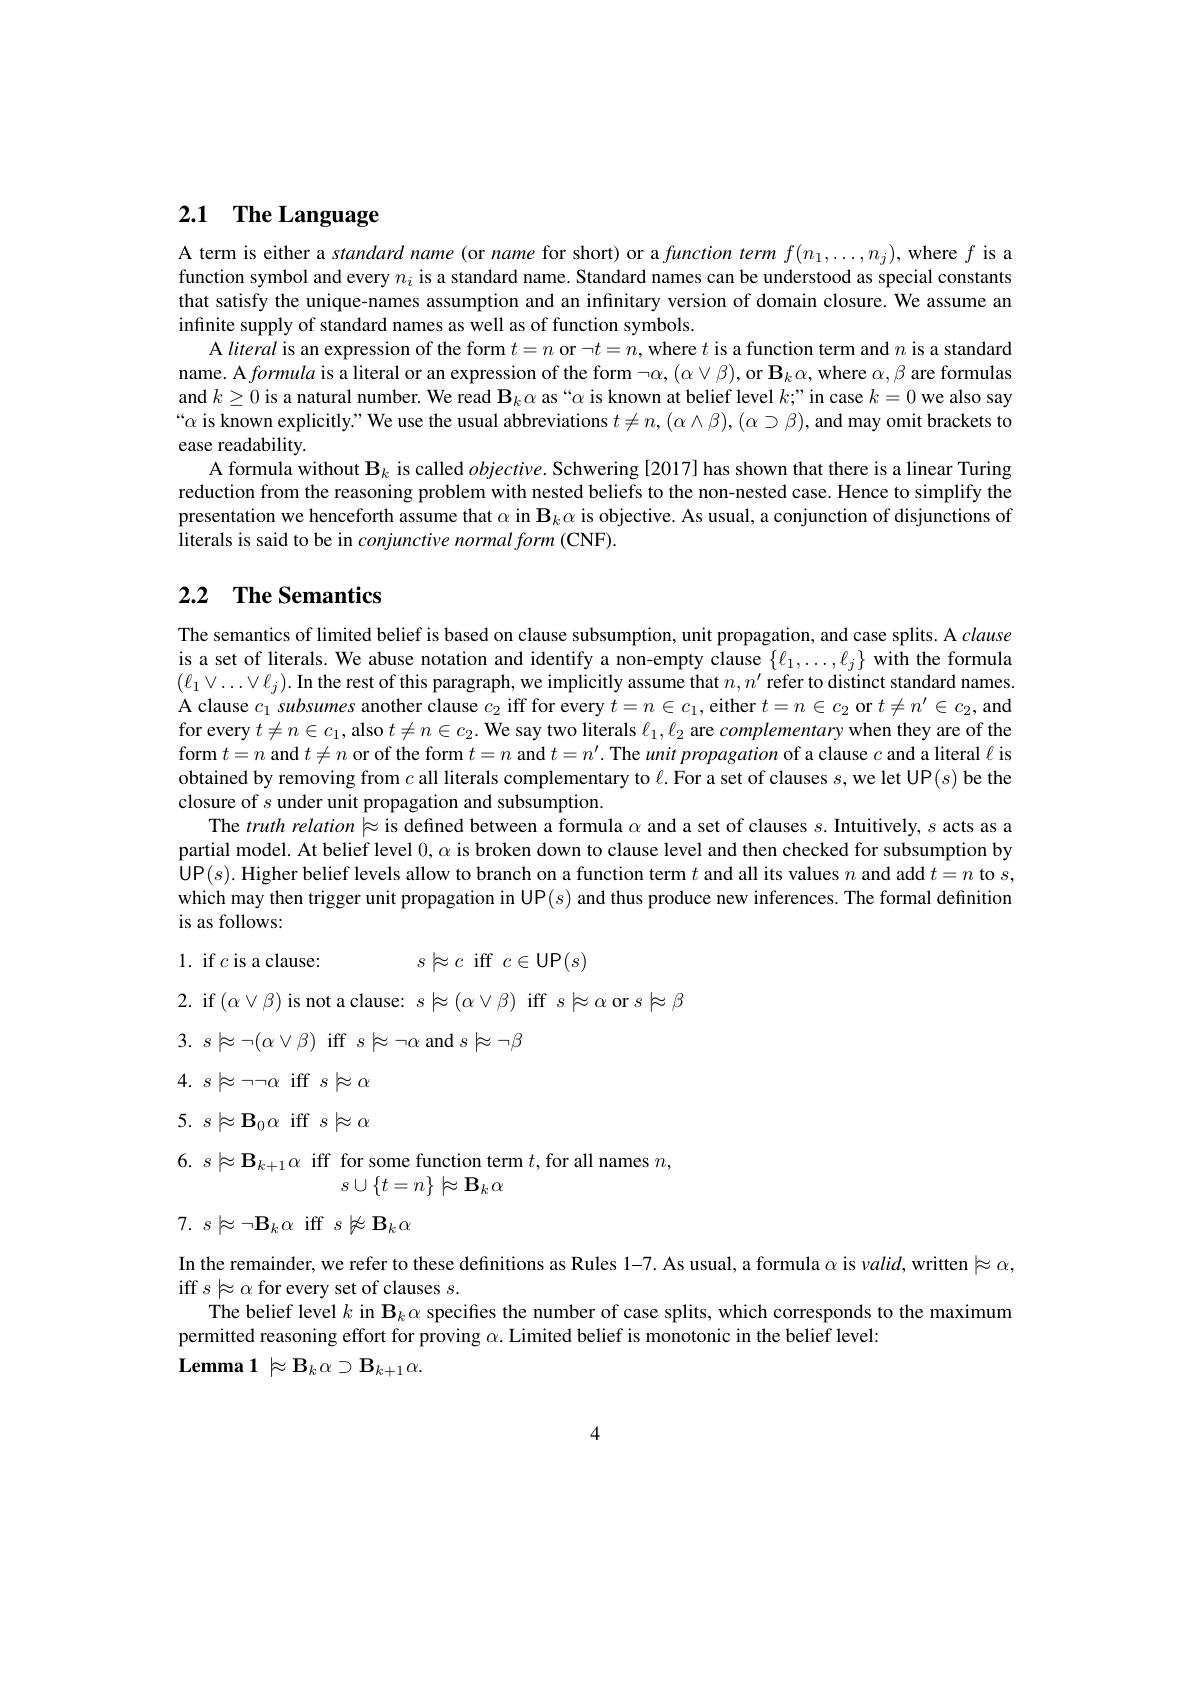
# 2.1 The Language

A term is either a standard name (or name for short) or a function term $f(n_1,\ldots,n_j)$, where $f$ is a function symbol and every $n_i$ is a standard name. Standard names can be understood as special constants that satisfy the unique-names assumption and an infinitary version of domain closure. We assume an infinite supply of standard names as well as of function symbols.
A literal is an expression of the form $t=n$ or $\neg t=n$,where $t$ is a function term and $n$ is a standard name. A formula is a literal or an expression of the form $\neg\alpha,(\alpha\vee\beta)$,or $\mathbf{B}_k\alpha$,where $\alpha,\beta$ are formulas and $k\geq0$ is a natural number. We read $\mathbf{B} _k\alpha$ as“ α is known at belief level $k; ”$ in case $k=0$ we also say “α is known explicitly." We use the usual abbreviations $t\neq n,(α\land β),(α\supset β)$, and may omit brackets to ease readability.
A formula without $\mathbf{B}_k$ is called $objective.$ Schwering [2017] has shown that there is a linear Turing reduction from the reasoning problem with nested beliefs to the non-nested case. Hence to simplify the presentation we henceforth assume that $\alpha$ in $\mathbf{B}_k\alpha$ is objective. As usual, a conjunction of disjunctions of literals is said to be in conjunctive normal form (CNF).

## 2.2 $\textbf{The Semantics}$

The semantics of limited belief is based on clause subsumption, unit propagation, and case splits. A clause is a set of literals. We abuse notation and identify a non-empty clause $\{\ell_1,\ldots,\ell_j\}$ with the formula $(\ell_1\lor\ldots\lor\ell_j).$ In the rest of this paragraph, we implicitly assume that $n,n^\prime$ refer to distinct standard names. A clause $c_1\textit{ subsumes another clause }c_2$ iff for every $t=n\in c_1$, either $t=n\in c_2$ or $t\neq n^\prime\in c_2$,and for every $t\neq n\in c_1$, also $t\neq n\in c_2.$ We say two literals $\ell_1,\ell_2$ are complementary when they are of the form $t=n$ and $t\neq n$ or of the form $t=n$ and $t=n^\prime.$ The unit propagation of a clause $c$ and a literal $\ell$ is obtained by removing from $c$ all literals complementary to $\ell.$ For a set of clauses $s$,we let UP$(s)$ be the closure of $s$ under unit propagation and subsumption.
The $truth\textit{relation}\models$ is defined between a formula $\alpha$ and a set of clauses $s. \textbf{Intuitively, }s$ acts as a partial model. At belief level $0,\alpha$ is broken down to clause level and then checked for subsumption by UP$(s).$ Higher belief levels allow to branch on a function term $t$ and all its values $n$ and add $t=n$ to $s$, which may then trigger unit propagation in UP$(s)$ and thus produce new inferences. The formal definition is as follows:

1. if $c$ is a clause:
$$s\not\approx c\:\text{iff}\:c\in\text{UP}(s)$$
2. if$(\alpha\vee\beta)$ is not a clause: $s\not\approx(\alpha\vee\beta)$ iff $s\not\approx\alpha$ or $s\not\approx\beta$

$3.~s\not\approx\neg(\alpha\vee\beta)~$iff$s\not\approx\neg\alpha$ and$s\not\models\neg\beta$

$4.~s\not\approx\neg\neg\alpha~$iff$s\not\models\alpha$

$5.~s\models\mathbf{B}_{0}\alpha$ iff $s\models\alpha$

$6.~s\not\approx\mathbf{B}_{k+1}\alpha$ iff for some function term $t$,for all names $n$,
$s\cup\left\{t=n\right\}\models\mathbf{B}_k\alpha$

$7.~s\not\approx\neg\mathbf{B}_{k}\alpha$ iff $s\not\approx\mathbf{B}_{k}\alpha$

In the remainder, we refer to these definitions as Rules 1-7. As usual, a formula $\alpha$ is $\nu alid$, written $\models\alpha$,
iff $s\not\approx\alpha$ for every set of clauses $s.$
The belief level $k$ in $\mathbf{B}_k\alpha$ specifes the number of case splits, which corresponds to the maximum
permitted reasoning effort for proving $\alpha.$ Limited belief is monotonic in the belief level:
$\mathbf{Lemma1}\models\mathbf{B}_{k}\alpha\supset\mathbf{B}_{k+1}\alpha.$

4